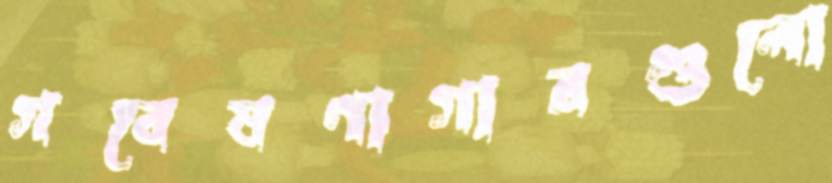
গবেষণাগারগুলো